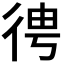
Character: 𢓳